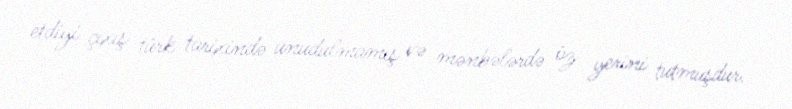
etdiyi çıxış türk tarixində unudulmamış və mənbələrdə öz yerini tutmuşdur.